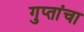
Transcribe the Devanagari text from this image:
गुप्तांचा